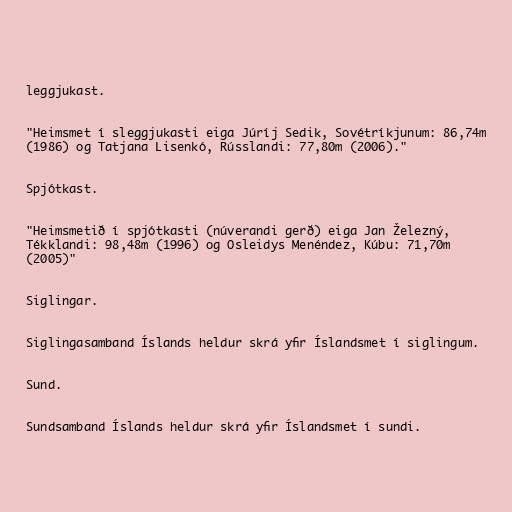
leggjukast.

"Heimsmet í sleggjukasti eiga Júríj Sedik, Sovétríkjunum: 86,74m
(1986) og Tatjana Lisenkó, Rússlandi: 77,80m (2006)."

Spjótkast.

"Heimsmetið í spjótkasti (núverandi gerð) eiga Jan Železný,
Tékklandi: 98,48m (1996) og Osleidys Menéndez, Kúbu: 71,70m
(2005)"

Siglingar.

Siglingasamband Íslands heldur skrá yfir Íslandsmet í siglingum.

Sund.

Sundsamband Íslands heldur skrá yfir Íslandsmet í sundi.